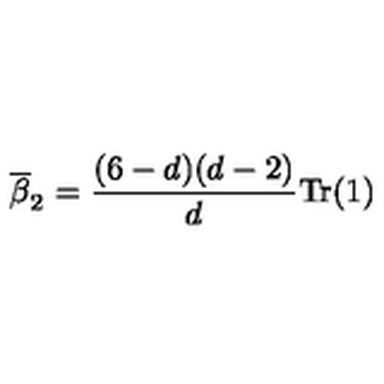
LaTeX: \overline { \beta } _ { 2 } = \frac { ( 6 - d ) ( d - 2 ) } { d } \mathrm { T r } ( 1 )